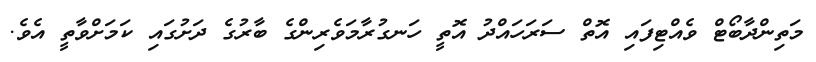
މަތިންދާބޯޓް ވެއްޓިފައި އޮތް ސަރަހައްދު އޮތީ ހަނގުރާމަވެރިންގެ ބާރުގެ ދަށުގައި ކަމަށްވާތީ އެވެ.